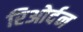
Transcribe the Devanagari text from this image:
रिओर्दन